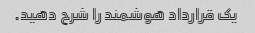
یک قرارداد هوشمند را شرح دهید.